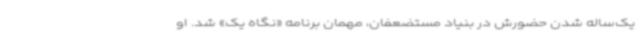
یک‌ساله شدن حضورش در بنیاد مستضعفان، مهمان برنامه «نگاه یک» شد. او